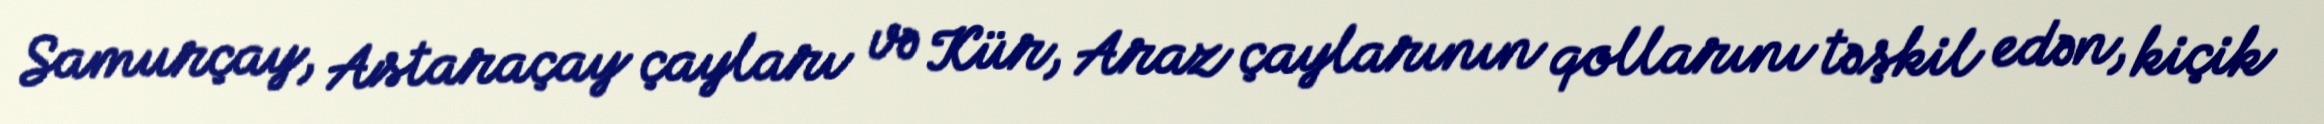
Samurçay, Astaraçay çayları və Kür, Araz çaylarının qollarını təşkil edən, kiçik